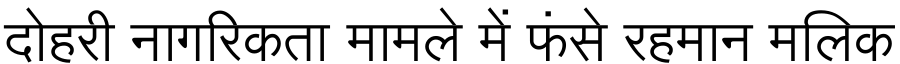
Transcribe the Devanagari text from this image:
दोहरी नागरिकता मामले में फंसे रहमान मलिक